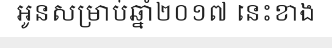
អូនសម្រាប់ឆ្នាំ២០១៧ នេះខាង